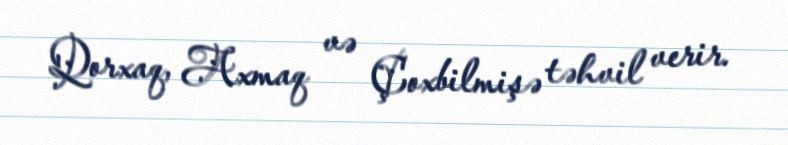
Qorxaq, Axmaq və Çoxbilmişə təhvil verir.